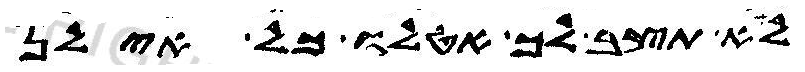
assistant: לא תצב לך אטלו כל אילן